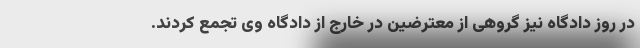
در روز دادگاه نیز گروهی از معترضین در خارج از دادگاه وی تجمع کردند.